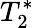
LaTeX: T_{2}^{*}